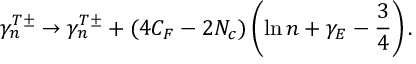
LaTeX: \gamma _ { n } ^ { T \pm } \rightarrow \gamma _ { n } ^ { T \pm } + ( 4 C _ { F } - 2 N _ { c } ) \left( \ln n + \gamma _ { E } - \frac { 3 } { 4 } \right) .